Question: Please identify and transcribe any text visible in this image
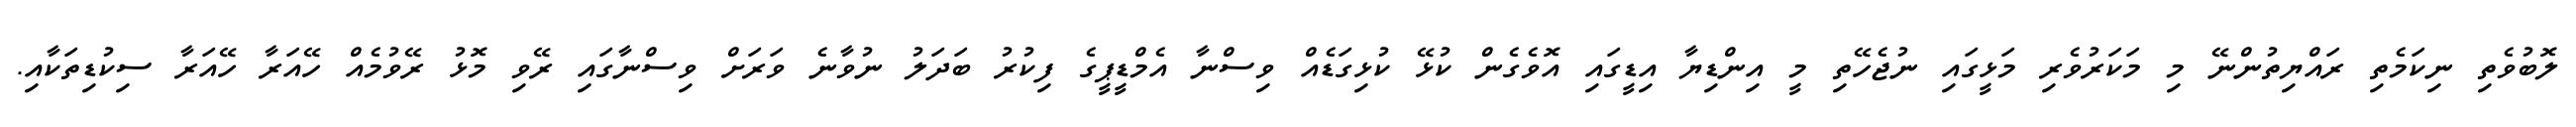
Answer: ލޮބުވެތި ނިކަމެތި ރައްޔިތުންނޭ މި މަކަރުވެރި މަޅީގައި ނުޖެހޭތި މީ އިންޑިޔާ އިޑީގައި އޮވެގެން ކުޅޭ ކުޅިގަޑެއް ވިސްނާ އެމްޑީޕީގެ ފިކުރު ބަދަލު ނުވާނެ ވަރަށް ވިސްނާގައި ރޭވި މޮޅު ރޭވުމެއް ހޭއަރާ ހޭއަރާ ސިކުޑިތަކާއި.